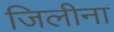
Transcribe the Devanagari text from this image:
जिलीना